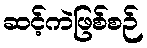
ဆင့်ကဲဖြစ်စဉ်